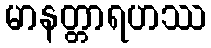
မာနတ္တာရဟဿ